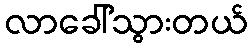
လာခေါ်သွားတယ်